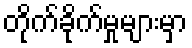
တိုက်ခိုက်မှုများမှာ